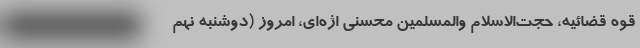
قوه قضائیه، حجت‌الاسلام والمسلمین محسنی اژه‌ای، امروز (دوشنبه نهم